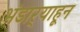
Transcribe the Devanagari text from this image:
भंडार्‍याहून